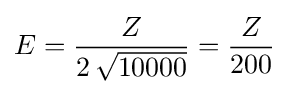
E={\frac {Z}{2\,{\sqrt {10000}}}}={\frac {Z}{200}}